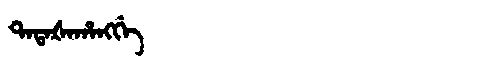
Manchu: ᡨᠠᡨᠠᡧᠠᡥᠠᠩᡤᡝ
Romanization: TATAŠAHANGGE